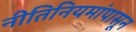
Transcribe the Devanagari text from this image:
नीतिनियमांपासून